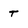
Character: T